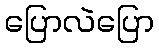
ပြောလဲပြော